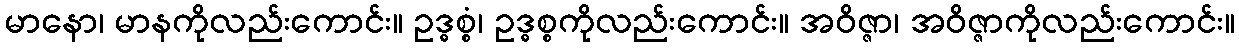
မာနော၊ မာနကိုလည်းကောင်း။ ဥဒ္ဓစ္စံ၊ ဥဒ္ဓစ္စကိုလည်းကောင်း။ အဝိဇ္ဇာ၊ အဝိဇ္ဇာကိုလည်းကောင်း။